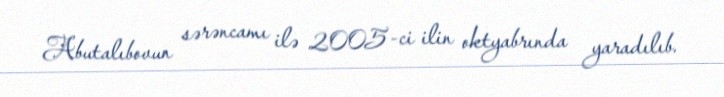
Abutalıbovun sərəncamı ilə 2005-ci ilin oktyabrında yaradılıb.